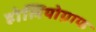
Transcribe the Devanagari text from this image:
होलियोग्राफ